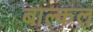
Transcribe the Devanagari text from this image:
बाल्कल